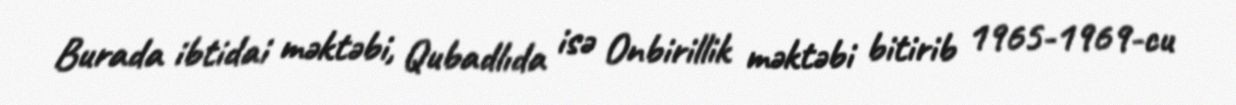
Burada ibtidai məktəbi, Qubadlıda isə Onbirillik məktəbi bitirib 1965-1969-cu